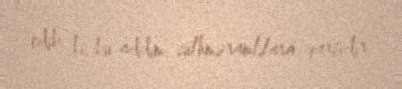
edib ki, bu addım sülhməramlılara qarşıdır.